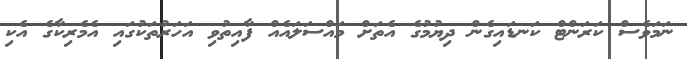
ނަމަވެސް ކަރަންޓް ކަނޑައިގެން ދިޔުމުގެ އެތަށް މައްސަލައެއް ފާއިތުވި އަހަރުތަކުގައި އެމެރިކާގެ އެކި